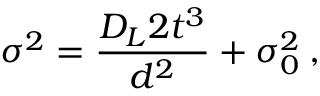
\sigma ^ { 2 } = \frac { D _ { L } 2 t ^ { 3 } } { d ^ { 2 } } + \sigma _ { 0 } ^ { 2 } \: ,